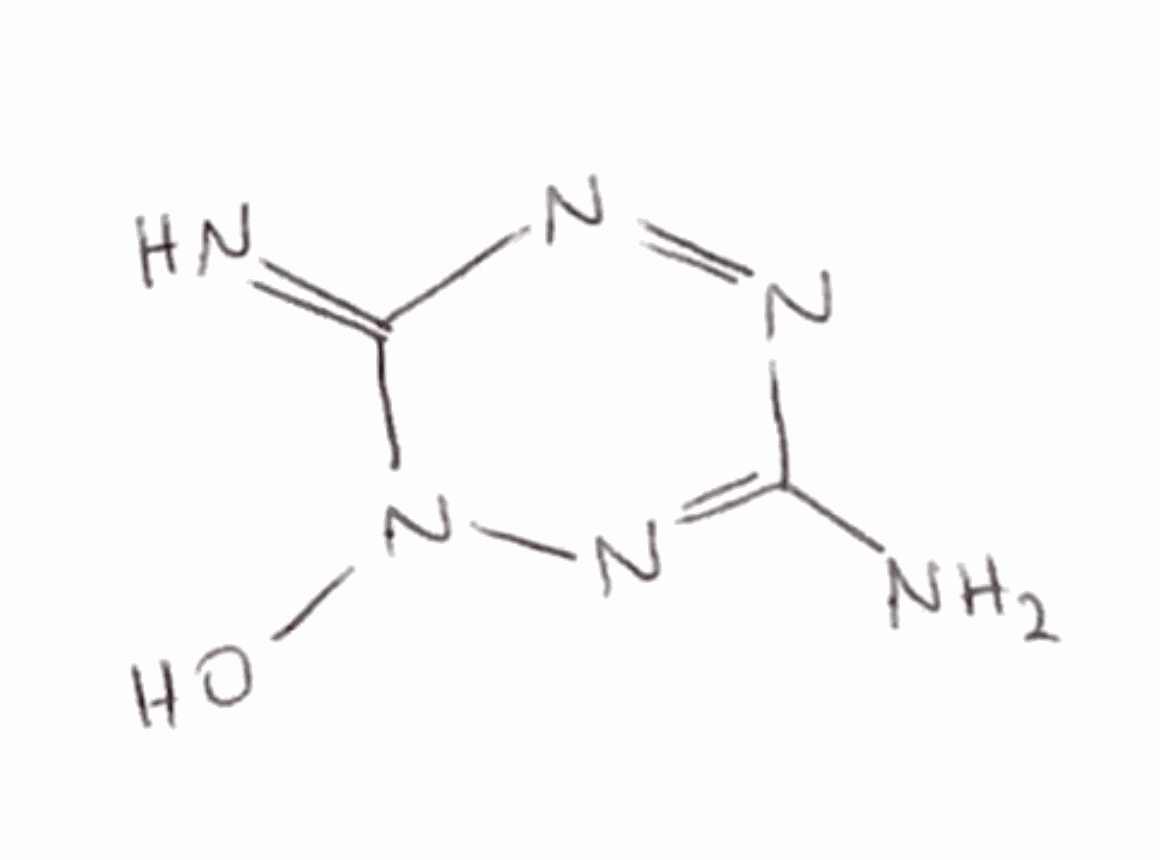
Simplified molecular-input line-entry system (SMILES) notation of the given molecule:
C1(=NN(C(=N)N=N1)O)N